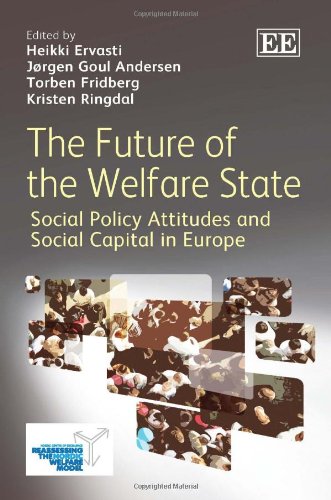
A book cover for The Future of the Welfare State: Social Policy Attitudes and Social Capital in Europe; Heikki Ervasti; Law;